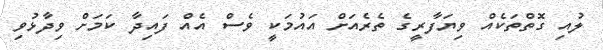
ލުއި ގޮތްތަކެއް ވިޔަފާރީގެ ތެރެއަށް އައުމަކީ ވެސް އެއް ފައިދާ ކަމަށް ވިދާޅުވި